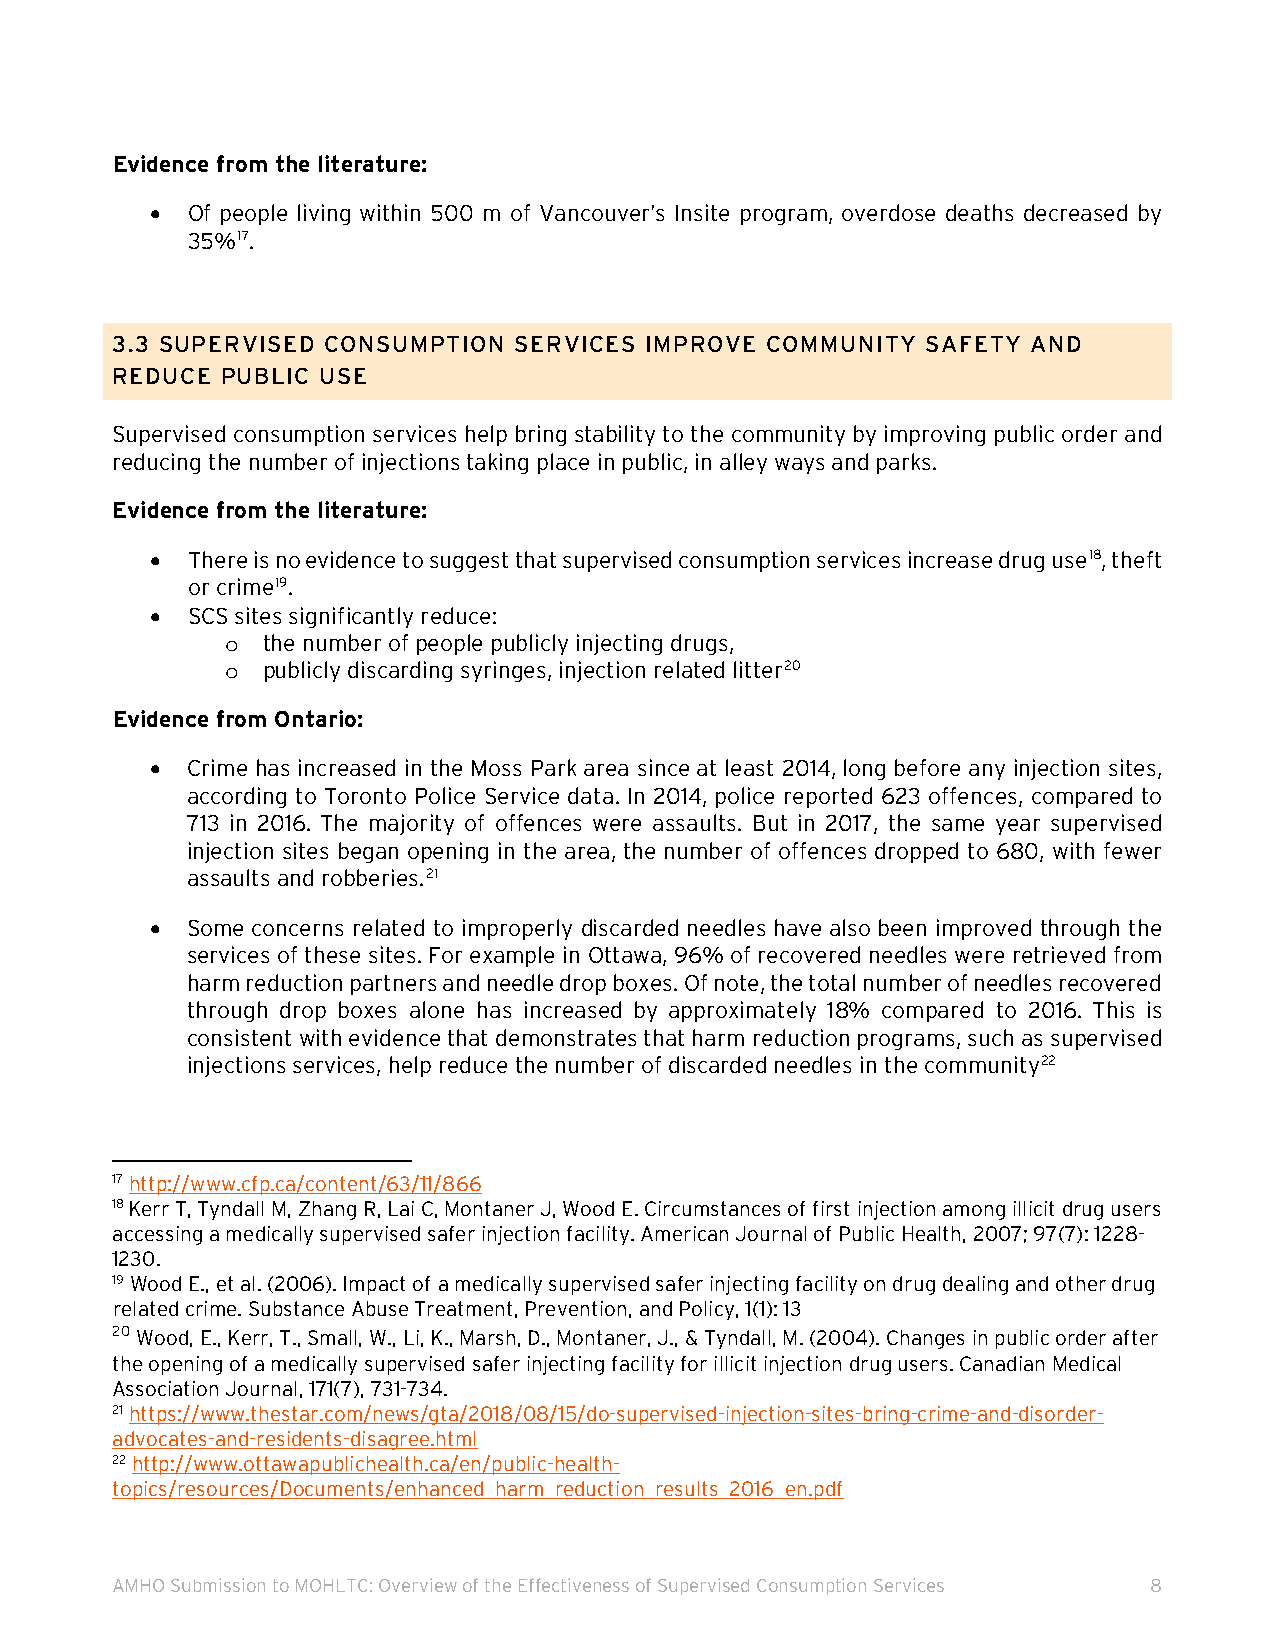
Evidence from the literature:
 • Of people living within 500 m of Vancouver’s Insite program, overdose deaths decreased by
 35%17.
 3.3 SUPERVISED CONSUMPTION SERVICES IMPROVE COMMUNITY SAFETY AND
 REDUCE  PUBLIC USE
 Supervised consumption services help bring stability to the community by improving public order and
 reducing the number of injections taking place in public, in alley ways and parks.
 Evidence from the literature:
 • There is no evidence to suggest that supervised consumption services increase drug use18, theft
 or crime19.
 • SCS sites significantly reduce:
 the number of people publicly injecting drugs,
 o
 publicly discarding syringes, injection related litter20
 o
 Evidence from Ontario:
 • Crime has increased in the Moss Park area since at least 2014, long before any injection sites,
 according to Toronto Police Service data. In 2014, police reported 623 offences, compared to
 713 in 2016. The majority of offences were assaults. But in 2017, the same year supervised
 injection sites began opening in the area, the number of offences dropped to 680, with fewer
 assaults and robberies.21
 • Some concerns related to improperly discarded needles have also been improved through the
 services of these sites. For example in Ottawa, 96% of recovered needles were retrieved from
 harm reduction partners and needle drop boxes. Of note, the total number of needles recovered
 through drop boxes alone has increased by approximately 18% compared to 2016. This is
 consistent with evidence that demonstrates that harm reduction programs, such as supervised
 injections services, help reduce the number of discarded needles in the community22
 17 http://www.cfp.ca/content/63/11/866
 18 Kerr T, Tyndall M, Zhang R, Lai C, Montaner J, Wood E. Circumstances of first injection among illicit drug users
 accessing a medically supervised safer injection facility. American Journal of Public Health, 2007; 97(7): 1228-
 1230.
 19 Wood E., et al. (2006). Impact of a medically supervised safer injecting facility on drug dealing and other drug
 related crime. Substance Abuse Treatment, Prevention, and Policy, 1(1): 13
 20 Wood, E., Kerr, T., Small, W., Li, K., Marsh, D., Montaner, J., & Tyndall, M. (2004). Changes in public order after
 the opening of a medically supervised safer injecting facility for illicit injection drug users. Canadian Medical
 Association Journal, 171(7), 731-734.
 21 https://www.thestar.com/news/gta/2018/08/15/do-supervised-injection-sites-bring-crime-and-disorder-
 advocates-and-residents-disagree.html
 22 http://www.ottawapublichealth.ca/en/public-health-
 topics/resources/Documents/enhanced_harm_reduction_results_2016_en.pdf
 AMHO Submission to MOHLTC: Overview of the Effectiveness of Supervised Consumption Services 8